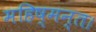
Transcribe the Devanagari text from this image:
महिष्मन्त।